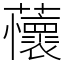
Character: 蘹